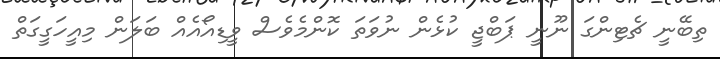
ތިބޭނީ ޗެޓިންގަ ނޫނީ ޕަބްޖީ ކުޅެން ނުވަތަ ކޮންމެވެސް ވީޑިއޯއެއް ބަލަން މިއީހަގީގަތް